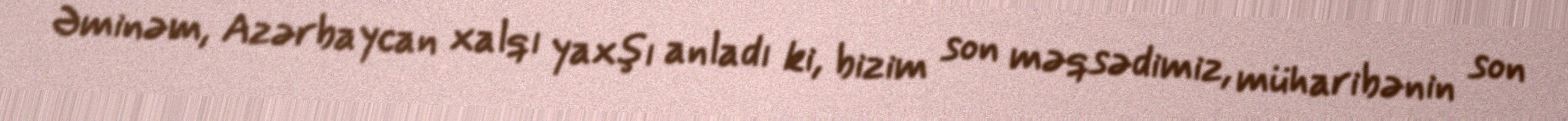
Əminəm, Azərbaycan xalqı yaxşı anladı ki, bizim son məqsədimiz, müharibənin son